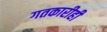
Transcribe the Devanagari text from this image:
गतकारीही